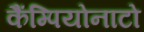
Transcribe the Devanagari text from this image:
कैंम्पियोनाटो